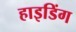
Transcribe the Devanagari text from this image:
हाइडिंग